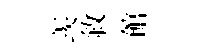
羡敘館